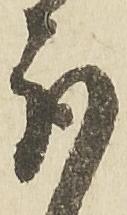
取